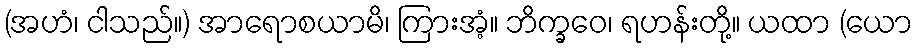
(အဟံ၊ ငါသည်။) အာရောစယာမိ၊ ကြားအံ့။ ဘိက္ခဝေ၊ ရဟန်းတို့။ ယထာ (ယော